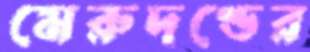
মেরুদণ্ডের